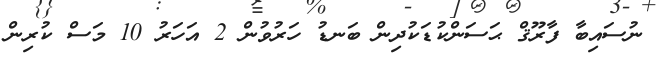
ނުސައިބާ ފާރޫޤް ޙަސަންކުޑަކުދިން ބަނޑު ހަރުވުން 2 އަހަރު 10 މަސް ކުރިން